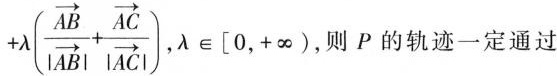
+ \lambda (\frac {\overrightarrow { A B } } {|\overrightarrow { A B } |}+ \frac {\overrightarrow { A C } } {|\overrightarrow { A C } |} )$$，λ∈[0，+∞)，则P的轨迹一定通过